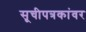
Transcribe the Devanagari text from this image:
सूचीपत्रकांवर